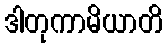
ဒါတုကာမိယာတိ